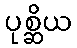
ပုစ္ဆိယ